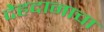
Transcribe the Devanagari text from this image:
देहदानाचा